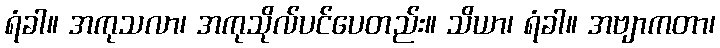
ရံခါ။ အကုသလာ၊ အကုသိုလ်ပင်ပေတည်း။ သိယာ၊ ရံခါ။ အဗျာကတာ၊